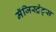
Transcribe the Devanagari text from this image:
मॅजिस्ट्रेट्स